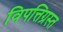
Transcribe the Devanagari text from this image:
विपत्तिग्रस्त